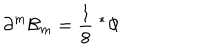
LaTeX: \partial ^ { m } { \cal B } _ { m } = { \frac { 1 } { 8 } } \; { } ^ { * } \Phi